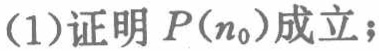
(1)证明 \(P(n_0)\)成立；